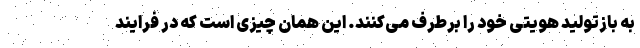
به بازتولید هویتی خود را برطرف می‌کنند. این همان چیزی است که در فرایند